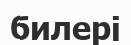
билері